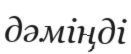
дәміңді